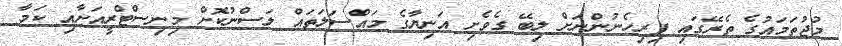
މުޖުތަމައުގެ ތެރޭގައި ފިރިހެނުންނަށް ލިބޭ ގެވެށި އަނިޔާގެ މައްސަލަތައް ލަސްނުކޮށް މިނިސްޓްރީއަށާއި ކަމާ